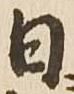
日